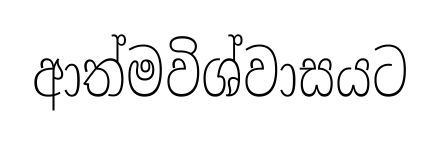
ආත්මවිශ්වාසයට